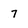
Character: 7